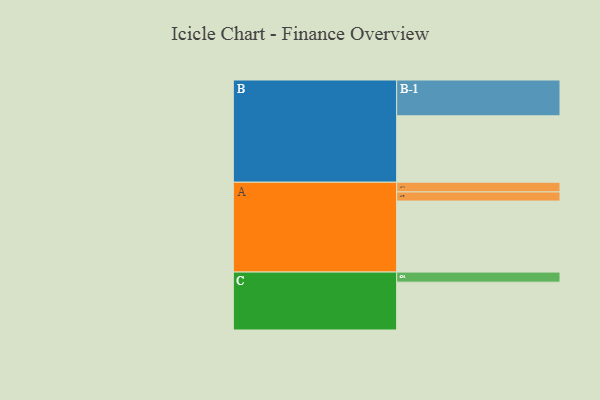
{"axis": {"x": "Segment", "y": "Value"}, "legend": ["", "A", "B", "C"], "data": [{"x": "A", "y": 585, "type": ""}, {"x": "B", "y": 547, "type": ""}, {"x": "C", "y": 394, "type": ""}, {"x": "A-1", "y": 80, "type": "A"}, {"x": "A-2", "y": 75, "type": "A"}, {"x": "B-1", "y": 295, "type": "B"}, {"x": "C-1", "y": 83, "type": "C"}]}